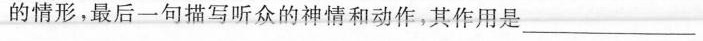
的情形，最后一句描写听众的神情和动作，其作用是___